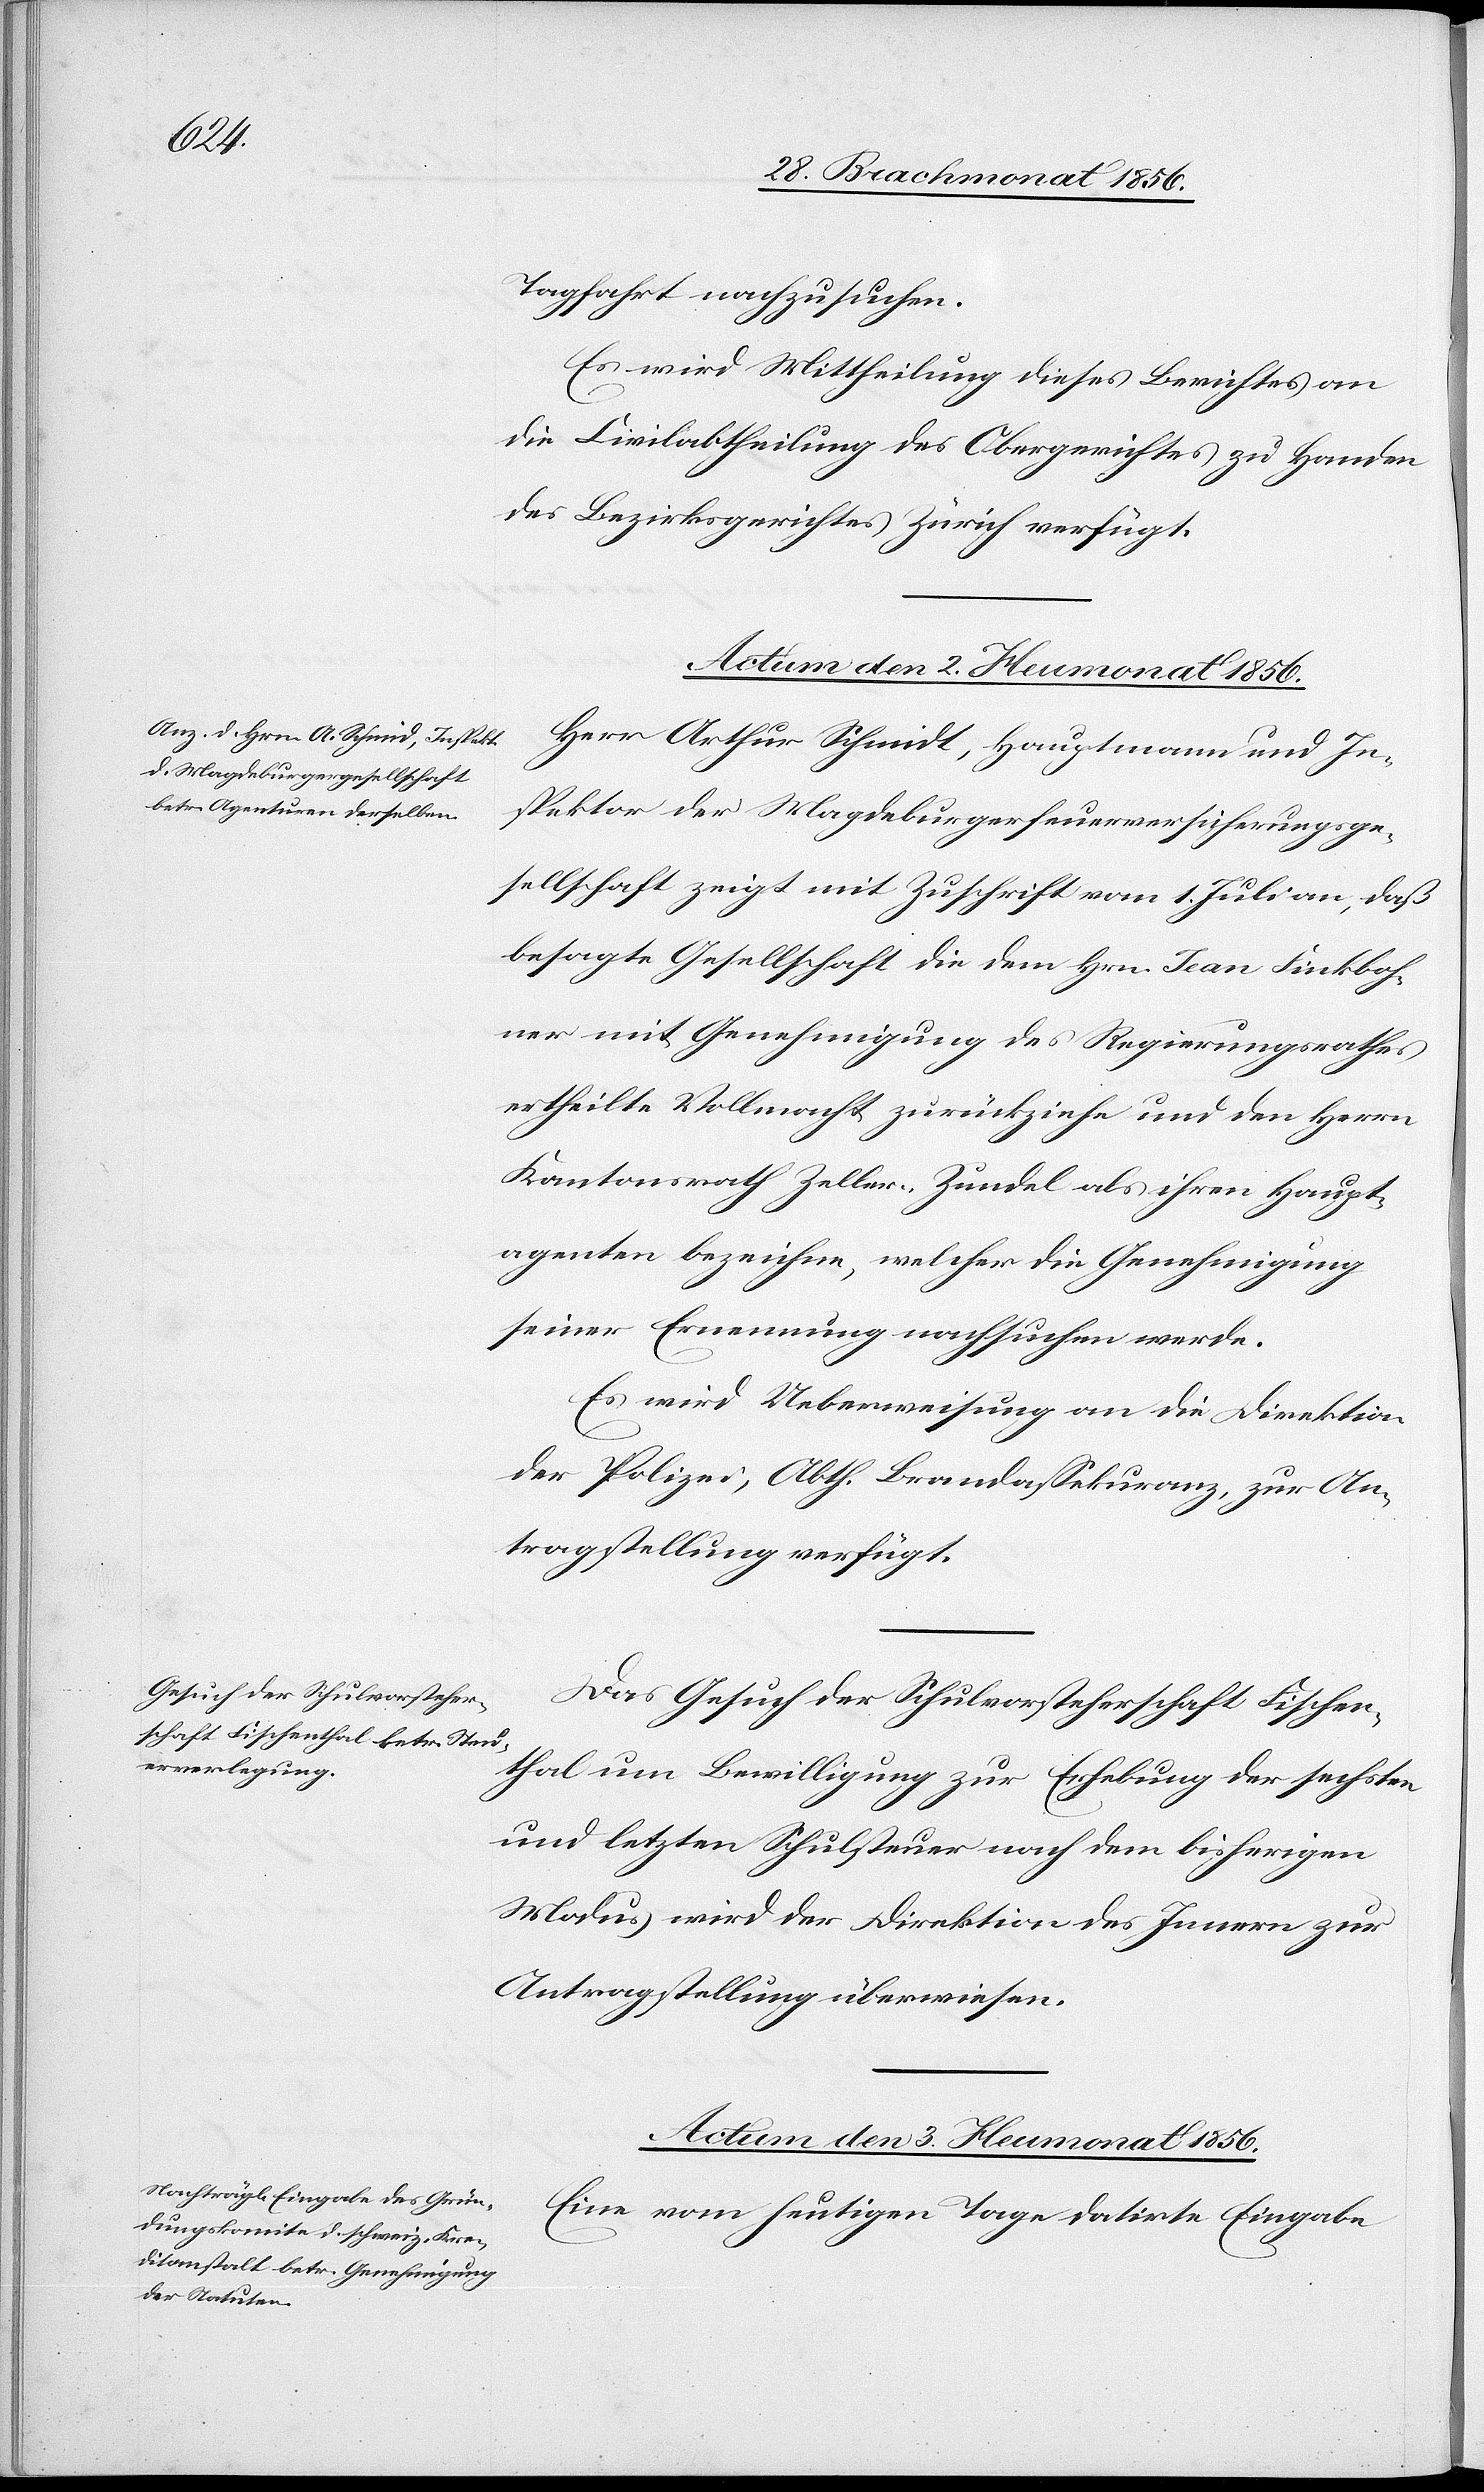
Tagfahrt nachzusuchen.
Es wird Mittheilung dieses Berichtes an
die Civilabtheilung des Obergerichtes zu Handen
des Bezirksgerichtes Zürich verfügt.
Herr Arthur Schmidt, Hauptmann und In¬
spektor der Magdeburgerfeuerversicherungsge¬
sellschaft zeigt mit Zuschrift vom 1. Juli an, daß
besagte Gesellschaft die dem Hrn. Jean Finkboh¬
ner mit Genehmigung des Regierungsrathes
ertheilte Vollmacht zurückziehe und den Herrn
Kantonsrath Zeller-Zundel als ihren Haupt¬
agenten bezeichne, welcher die Genehmigung
seiner Ernennung nachsuchen werde.
Es wird Ueberweisung an die Direktion
der Polizei, Abth. Brandassekuranz, zur An¬
tragstellung verfügt.
Das Gesuch der Schulvorsteherschaft Fischen¬
thal um Bewilligung zur Erhebung der sechsten
und letzten Schulsteuer nach dem bisherigen
Modus wird der Direktion des Innern zur
Antragstellung überwiesen.
Actum den 3. Heumonat 1856.
Eine vom heutigen Tage datirte Eingabe